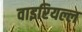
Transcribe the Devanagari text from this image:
वाइरियल्ल